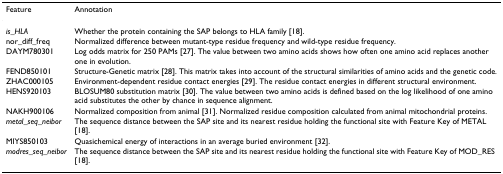
<table><thead><tr><td><b>Feature</b></td><td><b>Annotation</b></td></tr></thead><tbody><tr><td><i>is_HLA</i></td><td>Whether the protein containing the SAP belongs to HLA family [18].</td></tr><tr><td>nor_diff_freq</td><td>Normalized difference between mutant-type residue frequency and wild-type residue frequency.</td></tr><tr><td>DAYM780301</td><td>Log odds matrix for 250 PAMs [27]. The value between two amino acids shows how often one amino acid replaces another one in evolution.</td></tr><tr><td>FEND850101</td><td>Structure-Genetic matrix [28]. This matrix takes into account of the structural similarities of amino acids and the genetic code.</td></tr><tr><td>ZHAC000105</td><td>Environment-dependent residue contact energies [29]. The residue contact energies in different structural environment.</td></tr><tr><td>HENS920103</td><td>BLOSUM80 substitution matrix [30]. The value between two amino acids is defined based on the log likelihood of one amino acid substitutes the other by chance in sequence alignment.</td></tr><tr><td>NAKH900106</td><td>Normalized composition from animal [31]. Normalized residue composition calculated from animal mitochondrial proteins.</td></tr><tr><td><i>metal_seq_neibor</i></td><td>The sequence distance between the SAP site and its nearest residue holding the functional site with Feature Key of METAL [18].</td></tr><tr><td>MIYS850103</td><td>Quasichemical energy of interactions in an average buried environment [32].</td></tr><tr><td><i>modres_seq_neibor</i></td><td>The sequence distance between the SAP site and its nearest residue holding the functional site with Feature Key of MOD_RES [18].</td></tr></tbody></table>